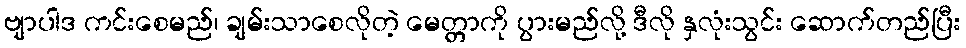
ဗျာပါဒ ကင်းစေမည်၊ ချမ်းသာစေလိုတဲ့ မေတ္တာကို ပွားမည်လို့ ဒီလို နှလုံးသွင်း ဆောက်တည်ပြီး